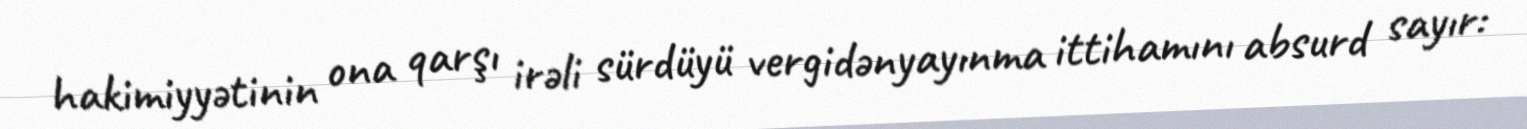
hakimiyyətinin ona qarşı irəli sürdüyü vergidənyayınma ittihamını absurd sayır: